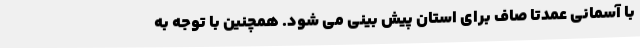
با آسمانی عمدتا صاف برای استان پیش بینی می شود. همچنین با توجه به